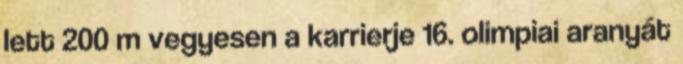
lett 200 m vegyesen a karrierje 16. olimpiai aranyát